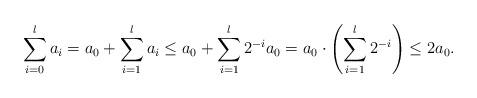
LaTeX: \begin{align*} \sum_{i=0}^l a_i= a_0 + \sum_{i=1}^l a_i\leq a_0 + \sum_{i=1}^l 2^{-i} a_0= a_0 \cdot \left( \sum_{i=1}^l 2^{-i} \right)\leq 2 a_0.\end{align*}